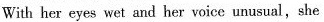
With her eyes wet and her voice unusual, she